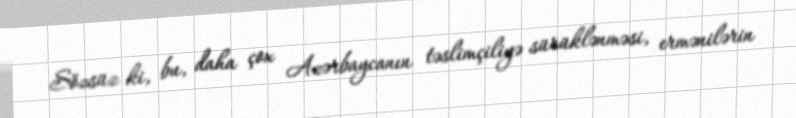
Sözsüz ki, bu, daha çox Azərbaycanın təslimçiliyə sürüklənməsi, ermənilərin